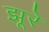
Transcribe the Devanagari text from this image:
झूरे